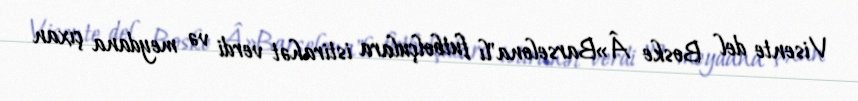
Visente del Boske Â»Barselona"lı futbolçulara istirahət verdi və meydana çıxan